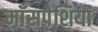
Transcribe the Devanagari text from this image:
माँसपेशियां